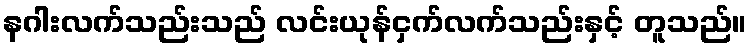
နဂါးလက်သည်းသည် လင်းယုန်ငှက်လက်သည်းနှင့် တူသည်။